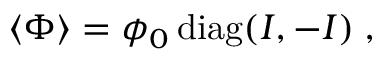
\langle \Phi \rangle = \phi _ { 0 } \, \mathrm { d i a g } ( I , - I ) \; ,